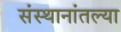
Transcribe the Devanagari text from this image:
संस्थानांतल्या